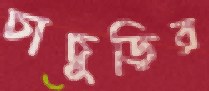
চাচুড়ির